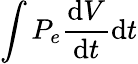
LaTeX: \int P_{e}\frac{\mathrm{d}V}{\mathrm{d}t}\mathrm{d}t